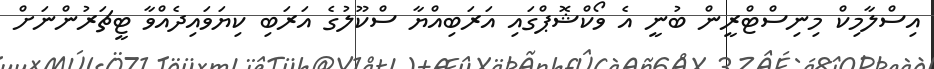
އިސްލާމިކް މިނިސްޓްރީން ބުނީ އެ ވޯކްޝޮޕްގައި އަރަބިއްޔާ ސްކޫލުގެ އަރަބި ކިޔަވައިދެއްވާ ޓީޗަރުންނަށް